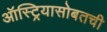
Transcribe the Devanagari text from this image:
ऑस्ट्रियासोबतची